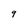
Character: 9